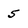
Character: 5